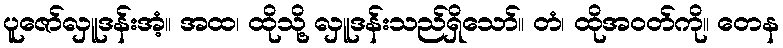
ပူဇော်လှူဒန်းအံ့။ အထ၊ ထိုသို့ လှူဒန်းသည်ရှိသော်။ တံ၊ ထိုအဝတ်ကို။ တေန